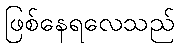
ဖြစ်နေရလေသည်